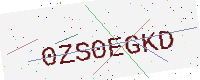
Text: 0ZS0EGKD